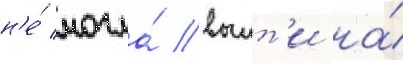
н'е́ могла́ выит'и на́